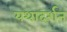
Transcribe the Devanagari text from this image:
यथादर्शन